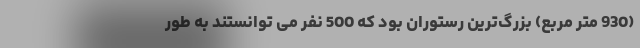
(930 متر مربع) بزرگ‌ترین رستوران بود که 500 نفر می توانستند به طور